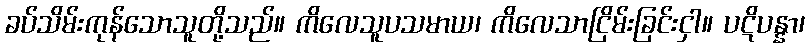
ခပ်သိမ်းကုန်သောသူတို့သည်။ ကိလေသူပသမာယ၊ ကိလေသာငြိမ်းခြင်းငှါ။ ပဋိပန္နာ၊